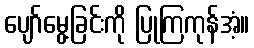
ပျော်မွေ့ခြင်းကို ပြုကြကုန်အံ့။